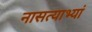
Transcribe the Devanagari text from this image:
नासत्याभ्यां